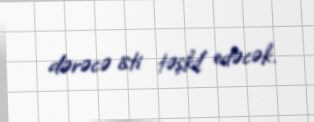
dərəcə isti təşkil edəcək.